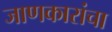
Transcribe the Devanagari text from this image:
जाणकारांचा